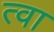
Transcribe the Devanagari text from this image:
त्‍वा